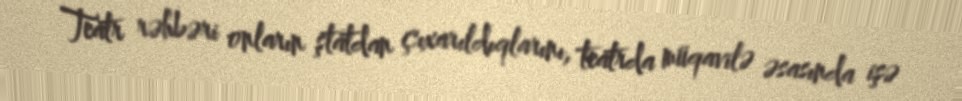
Teatr rəhbəri onların ştatdan çıxarıldıqlarını, teatrda müqavilə əsasında işə